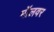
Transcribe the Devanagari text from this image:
मॉलवर